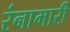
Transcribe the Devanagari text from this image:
रंनामारी